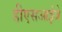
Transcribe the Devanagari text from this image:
डीएसआईजे